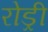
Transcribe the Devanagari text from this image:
रोड्री